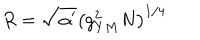
R = \sqrt { \alpha ^ { \prime } } \left( g _ { Y M } ^ { 2 } N \right) ^ { 1 / 4 }